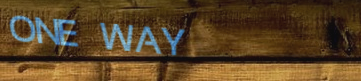
ONE WAY